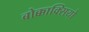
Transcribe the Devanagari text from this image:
बोक्काक्सियो